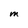
Character: M